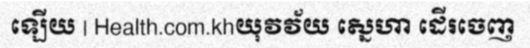
ឡើយ | Health.com.khយុវវ័យ ស្នេហា ដើរចេញ